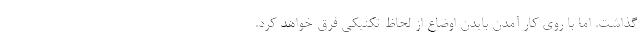
گذاشت. اما با روی کار آمدن بایدن اوضاع از لحاظ تکنیکی فرق خواهد کرد.